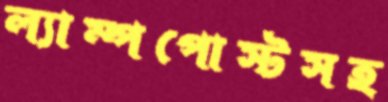
ল্যাম্পপোস্টসহ